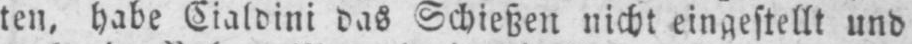
ten, habe Cialdini das Schießen nicht eingestellt und